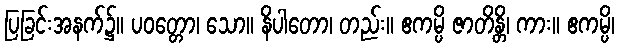
ပြခြင်းအနက်၌။ ပဝတ္တော၊ သော။ နိပါတော၊ တည်း။ ဧကမ္ပိ ဇာတိန္တိ၊ ကား။ ဧကမ္ပိ၊